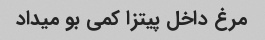
مرغ داخل پیتزا کمی بو میداد